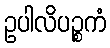
ဥပါလိပဉ္စကံ